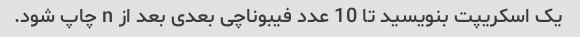
یک اسکریپت بنویسید تا 10 عدد فیبوناچی بعدی بعد از n چاپ شود.